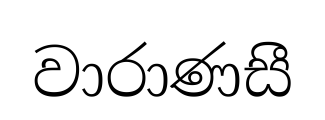
වාරාණසී